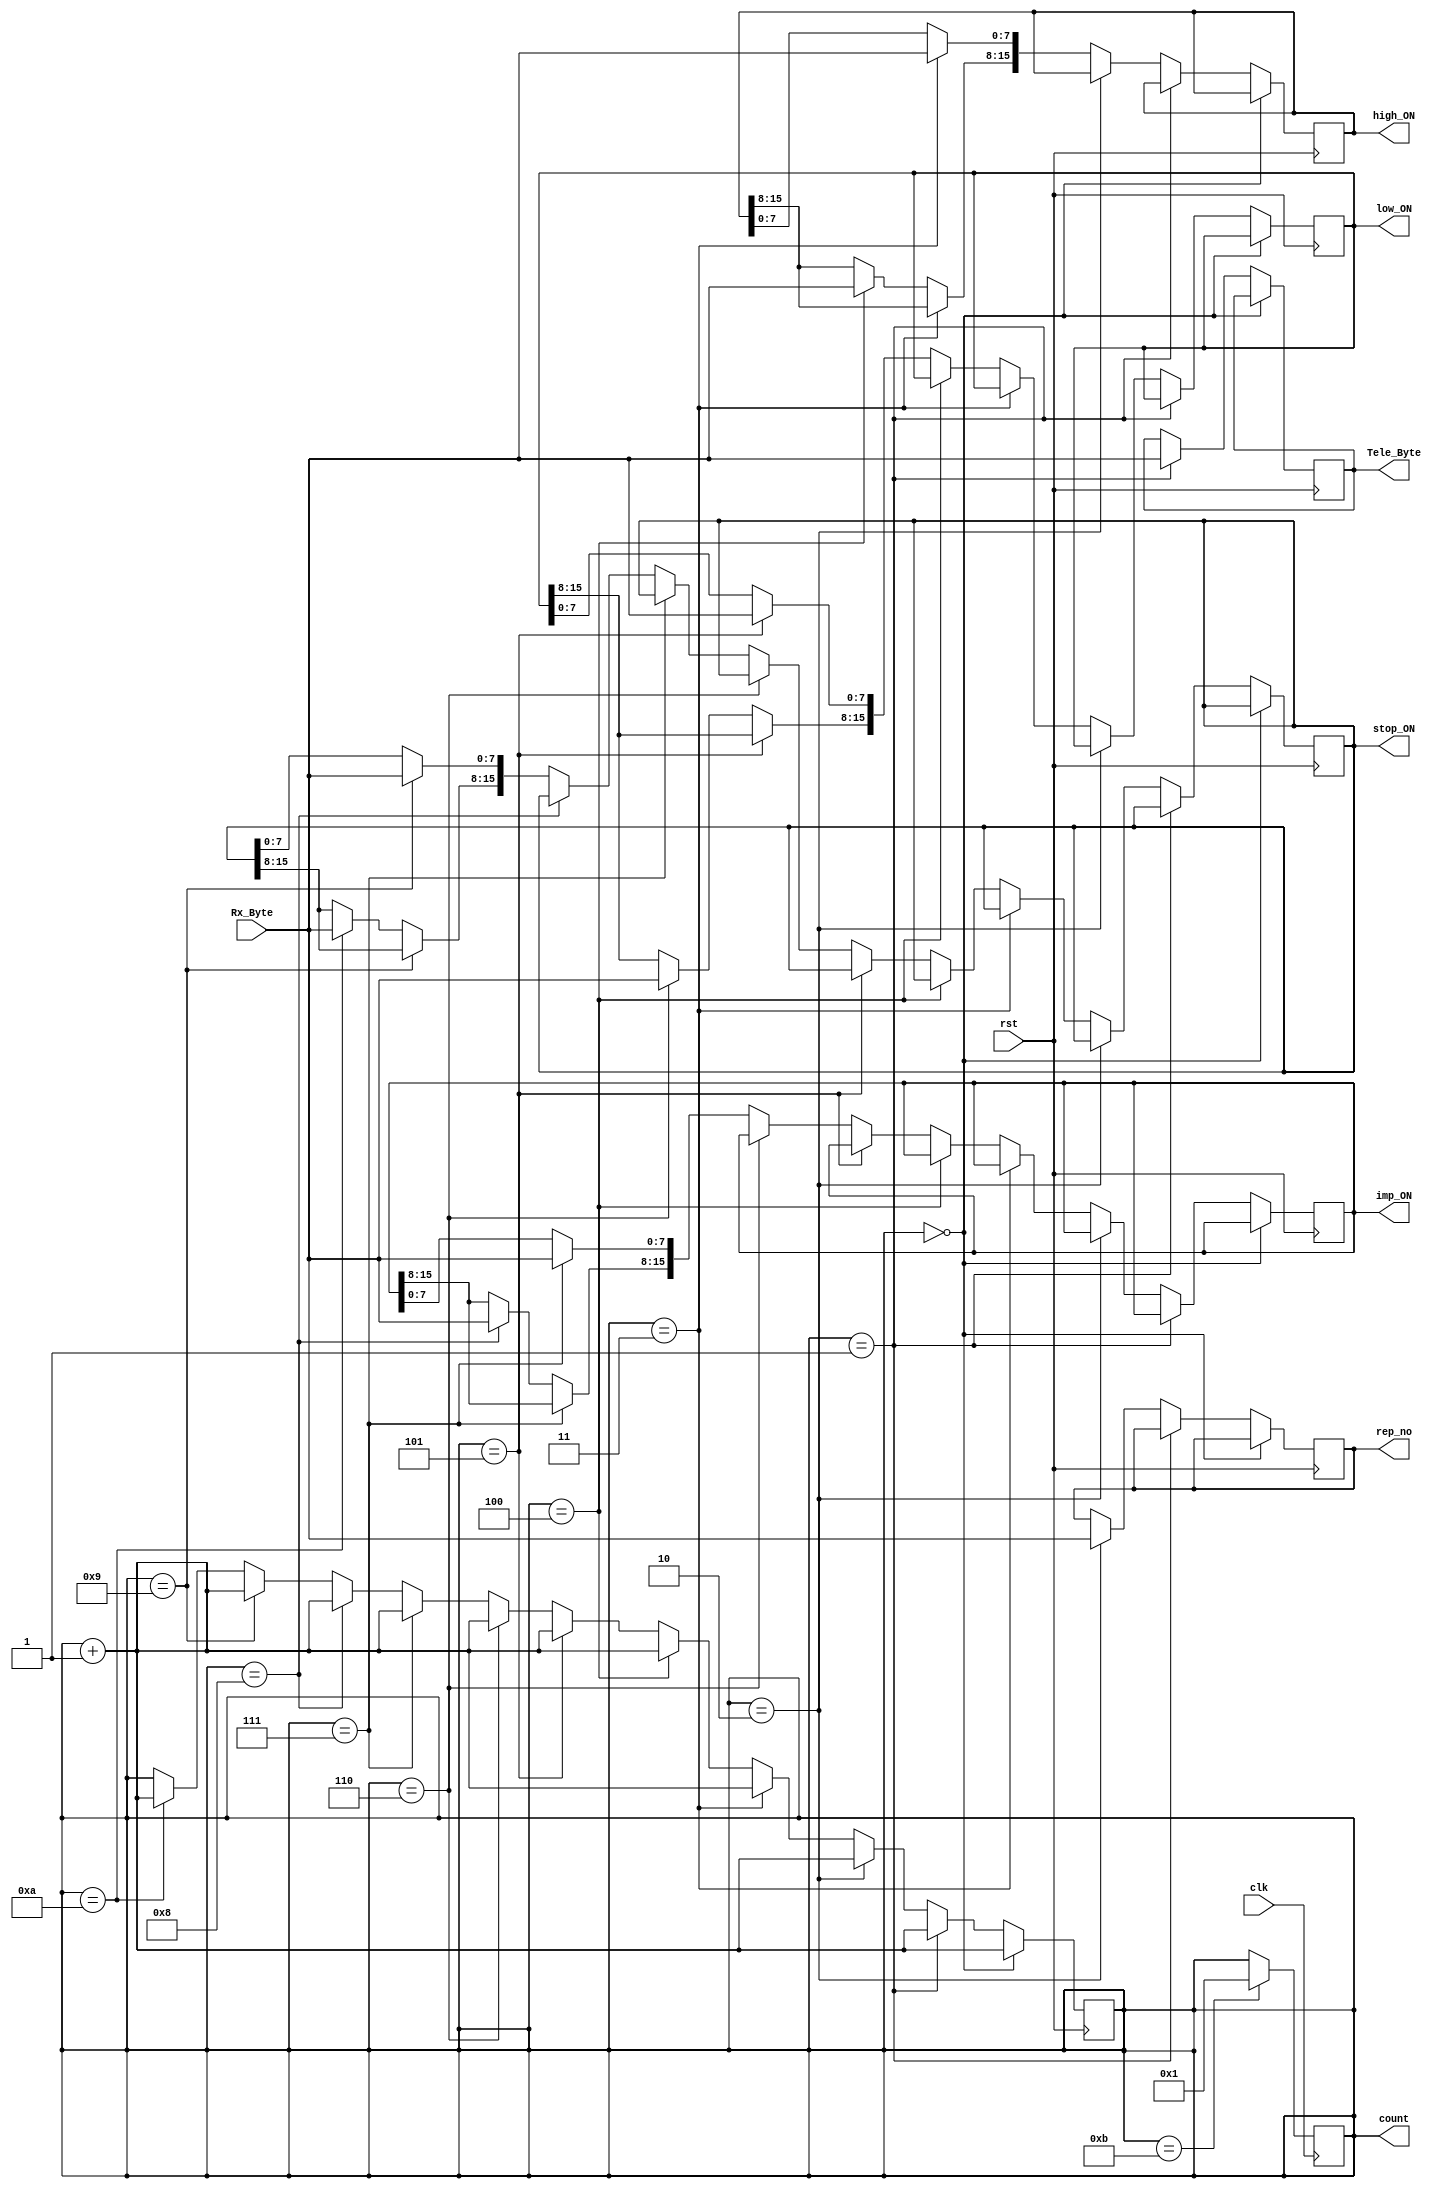
/*Copyright [2018] [Siddhant Mahapatra]

Licensed under the Apache License, Version 2.0 (the "License");
you may not use this file except in compliance with the License.
You may obtain a copy of the License at

    https://github.com/Robosid/Drone-Intelligence/blob/master/License.rtf
    https://github.com/Robosid/Drone-Intelligence/blob/master/License.pdf

Unless required by applicable law or agreed to in writing, software
distributed under the License is distributed on an "AS IS" BASIS,
WITHOUT WARRANTIES OR CONDITIONS OF ANY KIND, either express or implied.
See the License for the specific language governing permissions and
limitations under the License.
*/



module buffer(clk, rst, Rx_Byte, Tele_Byte, rep_no,  high_ON, low_ON, imp_ON, stop_ON, count);
input wire [7:0] Rx_Byte;
input wire clk;
input wire rst;

output reg [7:0] Tele_Byte;
output reg [7:0] rep_no = 0;
output reg [15:0] high_ON;
output reg [15:0] low_ON;
output reg [15:0] imp_ON;
output reg [15:0] stop_ON;
output reg [3:0] count = 4'b0001;
//Internal//
reg okay = 1;
//
always @(posedge rst) 
begin

	if(okay)
	begin
		if (count == 4'b0000)
		begin
			 count = count + 4'b0001;
		end
		else if (count == 4'b0001)
		begin
			Tele_Byte = Rx_Byte;
			 count = count + 4'b0001;
		end
		
		else if (count == 4'b0010)
		begin
			rep_no = Rx_Byte;
			 count = count + 4'b0001;
		end

		else if (count == 4'b0011)
		begin
			high_ON[7:0] = Rx_Byte;
			count = count + 4'b0001;
		end
		
		else if (count == 4'b0100)
		begin
			high_ON[15:8] = Rx_Byte;
			 count = count + 4'b0001;
		end

		else if (count == 4'b0101)
		begin
			low_ON[7:0] = Rx_Byte;
			count = count + 4'b0001;
		end
		
		else if (count == 4'b0110)
		begin
			low_ON[15:8] = Rx_Byte;
			 count = count + 4'b0001;
		end
		
		else if (count == 4'b0111)
		begin
			imp_ON[7:0] = Rx_Byte;
			count = count + 4'b0001;
		end
		
		else if (count == 4'b1000)
		begin
			imp_ON[15:8] = Rx_Byte;
			count = count + 4'b0001;
		end
		else if (count == 4'b1001)
		begin
			stop_ON[7:0] = Rx_Byte;
			count = count + 4'b0001;
		end
		else if (count == 4'b1010)
		begin
			stop_ON[15:8] = Rx_Byte;
			count = count + 4'b0001;
		end
	end
end

	always @(posedge clk) 
	begin
		if (count == 4'b1011)
		begin
			count = 4'b0001;
			//okay = 0;
		end
	end
endmodule